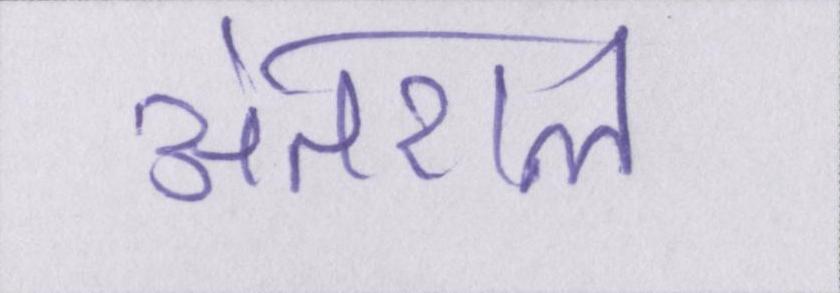
अंतराल